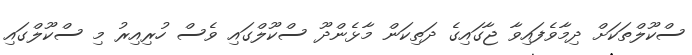
ސްކޫލްތަކަށް ދިމާވެފައިވާ ޖާގައިގެ ދަތިކަން މާޅެންދޫ ސްކޫލްގައި ވެސް ހުރިއިރު މި ސްކޫލްގައި